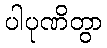
ပါပုဏိတွာ